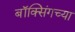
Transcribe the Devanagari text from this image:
बॉक्सिंगच्या